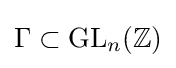
\Gamma \subset \mathrm {GL} _{n}(\mathbb {Z} )